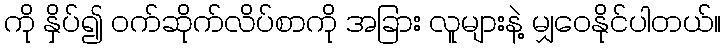
ကို နှိပ်၍ ဝက်ဆိုက်လိပ်စာကို အခြား လူများနဲ့ မျှဝေနိုင်ပါတယ်။